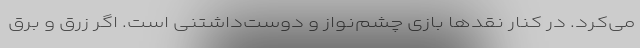
می‌کرد. در کنار نقدها بازی چشم‌نواز و دوست‌داشتنی است. اگر زرق و برق